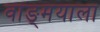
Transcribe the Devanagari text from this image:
वाङ्‌मयाला